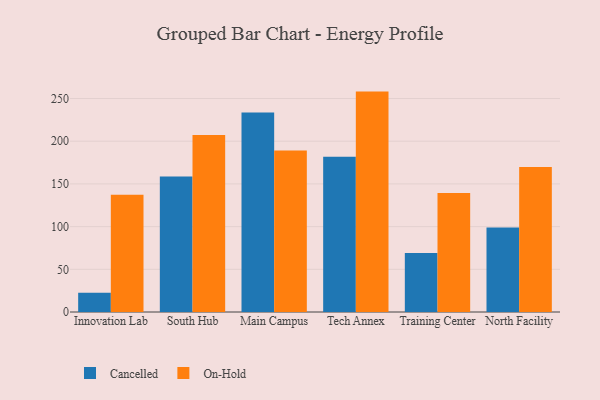
{"axis": {"x": "Campus", "y": "Inventory Turnover"}, "legend": ["Cancelled", "On-Hold"], "data": [{"x": "Innovation Lab", "y": 22.6, "type": "Cancelled"}, {"x": "Innovation Lab", "y": 137.3, "type": "On-Hold"}, {"x": "South Hub", "y": 158.6, "type": "Cancelled"}, {"x": "South Hub", "y": 207.4, "type": "On-Hold"}, {"x": "Main Campus", "y": 233.7, "type": "Cancelled"}, {"x": "Main Campus", "y": 189.0, "type": "On-Hold"}, {"x": "Tech Annex", "y": 181.8, "type": "Cancelled"}, {"x": "Tech Annex", "y": 258.1, "type": "On-Hold"}, {"x": "Training Center", "y": 69.1, "type": "Cancelled"}, {"x": "Training Center", "y": 139.3, "type": "On-Hold"}, {"x": "North Facility", "y": 99.0, "type": "Cancelled"}, {"x": "North Facility", "y": 169.9, "type": "On-Hold"}]}